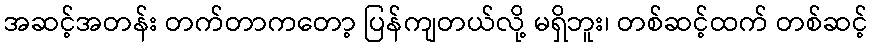
အဆင့်အတန်း တက်တာကတော့ ပြန်ကျတယ်လို့ မရှိဘူး၊ တစ်ဆင့်ထက် တစ်ဆင့်